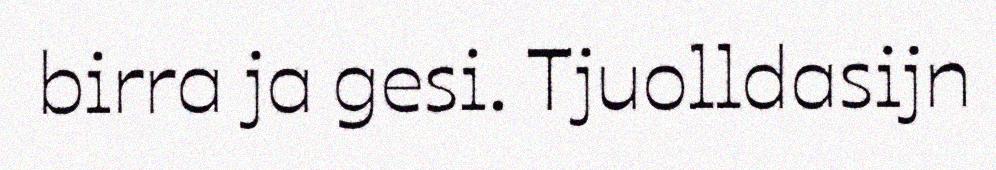
birra ja gesi. Tjuolldasijn